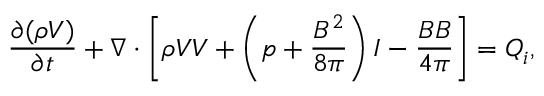
\frac { \partial ( \rho \boldsymbol { V } ) } { \partial t } + \nabla \cdot \left[ \rho { \boldsymbol { V } } { \boldsymbol { V } } + \left( p + \frac { B ^ { 2 } } { 8 \pi } \right) I - \frac { { \boldsymbol { B } } { \boldsymbol { B } } } { 4 \pi } \right] = \boldsymbol { Q } _ { i } ,